Civil Veterinary Department Bihar reports 1936-40 - 1936-1940
Year: 1936
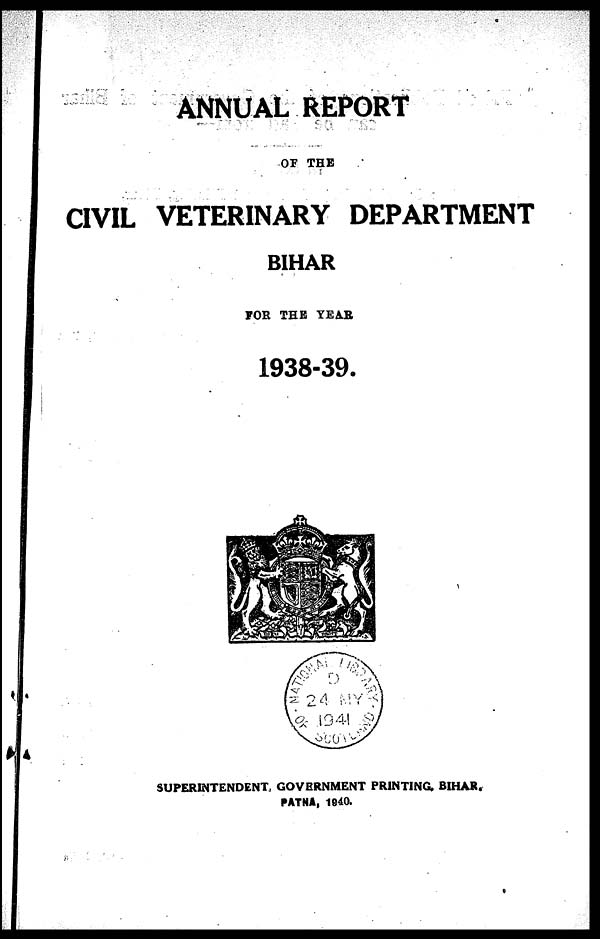
ANNUAL REPORT
OF THE
CIVIL VETERINARY DEPARTMENT
BIHAR
FOR THE YEAR
1938-39.
SUPERINTENDENT, GOVERNMENT PRINTING, BIHAR.
PATNA, 1940.